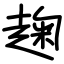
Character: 趜